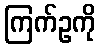
ကြက်ဥကို